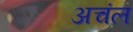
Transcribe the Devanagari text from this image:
अचंल